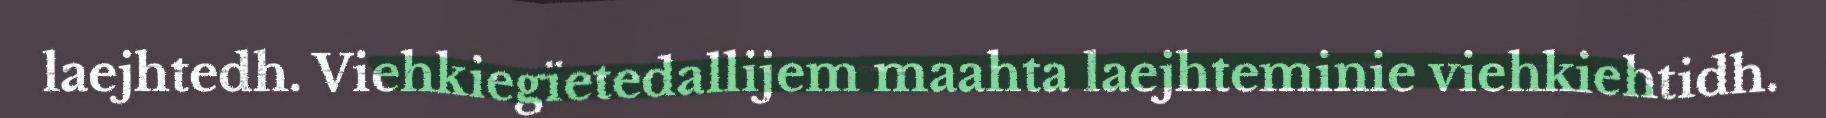
laejhtedh. Viehkiegïetedallijem maahta laejhteminie viehkiehtidh.